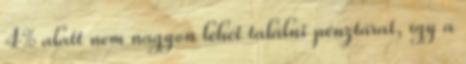
4% alatt nem nagyon lehet találni pénztárat, így a